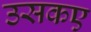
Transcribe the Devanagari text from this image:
उसकए